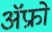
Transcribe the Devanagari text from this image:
ॲफ्रो